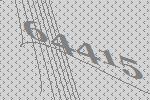
64415